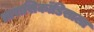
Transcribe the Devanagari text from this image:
तारासिकॉडिसाला